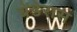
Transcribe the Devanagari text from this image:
बेंडेरास